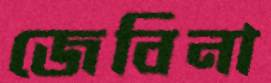
জেবিনা